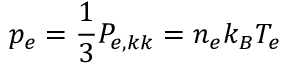
p _ { e } = \frac { 1 } { 3 } P _ { e , k k } = n _ { e } k _ { B } T _ { e }